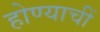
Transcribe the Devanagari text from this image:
होण्याचीं